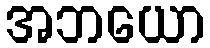
အဘယော